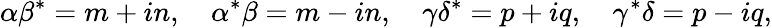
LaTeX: \alpha\beta^{*}=m+in,\quad\alpha^{*}\beta=m-in,\quad\gamma\delta^{*}=p+iq,\quad\gamma^{*}\delta=p-iq,